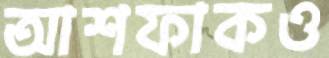
আশফাকও